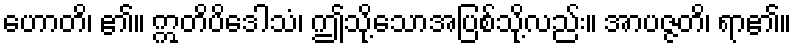
ဟောတိ၊ ၏။ ဣတိပိဒေါသံ၊ ဤသို့သောအပြစ်သို့လည်း။ အာပဇ္ဇတိ၊ ရာ၏။